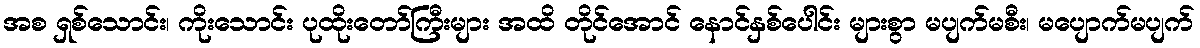
အစ ရှစ်သောင်း၊ ကိုးသောင်း ပုထိုးတော်ကြီးများ အထိ တိုင်အောင် နောင်နှစ်ပေါင်း များစွာ မပျက်မစီး၊ မပျောက်မပျက်